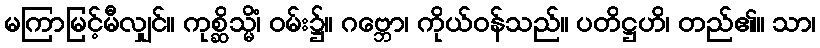
မကြာမြင့်မီလျှင်။ ကုစ္ဆိသ္မိံ၊ ဝမ်း၌။ ဂဗ္ဘော၊ ကိုယ်ဝန်သည်။ ပတိဋ္ဌဟိ၊ တည်၏။ သာ၊